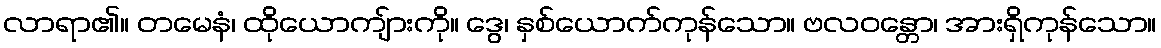
လာရာ၏။ တမေနံ၊ ထိုယောကျ်ားကို။ ဒွေ၊ နှစ်ယောက်ကုန်သော။ ဗလဝန္တော၊ အားရှိကုန်သော။